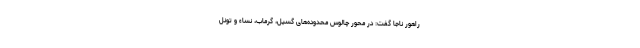
راهور ناجا گفت: در محور چالوس محدوده‌های گسیل، گرماب، نساء و تونل